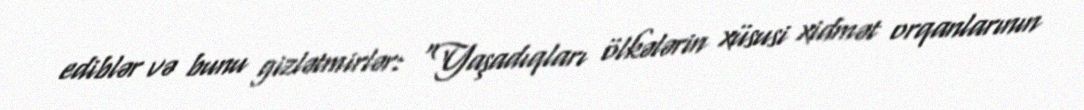
ediblər və bunu gizlətmirlər: “Yaşadıqları ölkələrin xüsusi xidmət orqanlarının